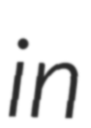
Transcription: in